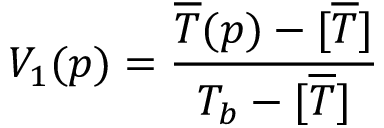
V _ { 1 } ( p ) = \frac { \overline { { T } } ( p ) - [ \overline { { T } } ] } { T _ { b } - [ \overline { { T } } ] }